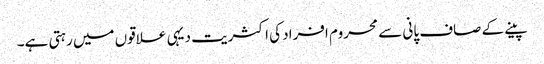
پینے کے صاف پانی سے محروم افراد کی اکثریت دیہی علاقوں میں رہتی ہے۔